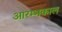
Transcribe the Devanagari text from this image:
आरम्भकाल